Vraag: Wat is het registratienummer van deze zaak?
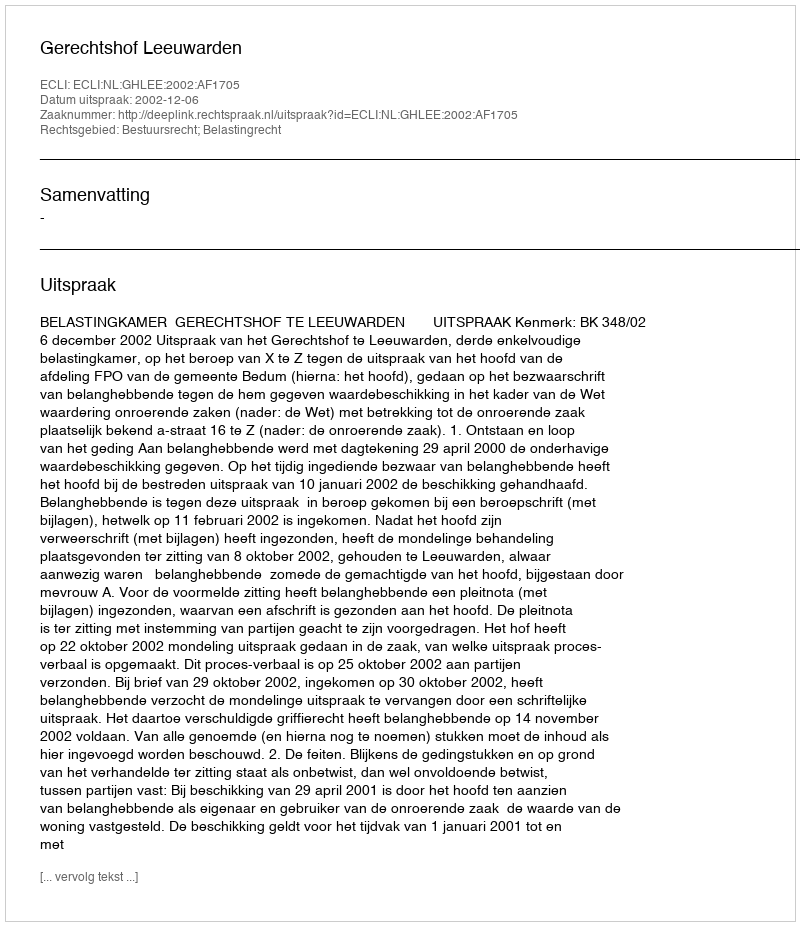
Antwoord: http://deeplink.rechtspraak.nl/uitspraak?id=ECLI:NL:GHLEE:2002:AF1705